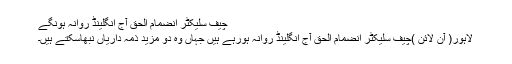
چیف سلیکٹر انضمام الحق آج انگلینڈ روانہ ہونگے
لاہور( آن لائن )چیف سلیکٹر انضمام الحق آج انگلینڈ روانہ ہورہے ہیں جہاں وہ دو مزید ذمہ داریاں نبھاسکتے ہیں۔